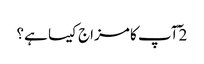
2 ٓآپ کا مزاج کیسا ہے؟